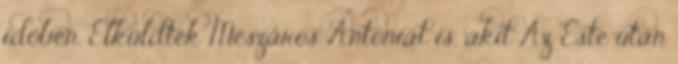
időben. Elküldték Mészáros Antóniát is, akit Az Este után